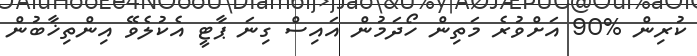
ކުރިން %90 އަށްވުރެ މަތިން ހޯދަމުން އައިސް ގިނަ ޕާޓީ އެކުލެވޭ އިންތިޚާބުން